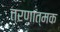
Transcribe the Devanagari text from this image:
त्रणात्मक